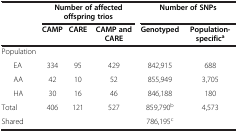
|  | <COLSPAN=3> Number of affected offspring trios | <COLSPAN=2> Number of SNPs |
 |  | CAMP | CARE | CAMP and CARE | Genotyped | Population-specifica |
 | --- | --- | --- | --- | --- | --- |
 | Population |  |  |  |  |  |
 | EA | 334 | 95 | 429 | 842,915 | 688 |
 | AA | 42 | 10 | 52 | 855,949 | 3,705 |
 | HA | 30 | 16 | 46 | 846,188 | 180 |
 | Total | 406 | 121 | 527 | 859,790b | 4,573 |
 | Shared |  |  |  | 786,195c |  |